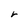
Character: r